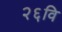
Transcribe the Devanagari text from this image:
२६वि